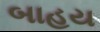
બાહય